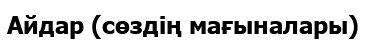
Айдар (сөздің мағыналары)